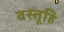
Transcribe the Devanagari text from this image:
वस्तूहि